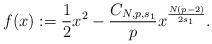
LaTeX: \begin{align*} f(x):=\frac 12 x^2 -\frac{C_{N,p,s_1}}{p}x^{\frac{N(p-2)}{2s_1}}.\end{align*}